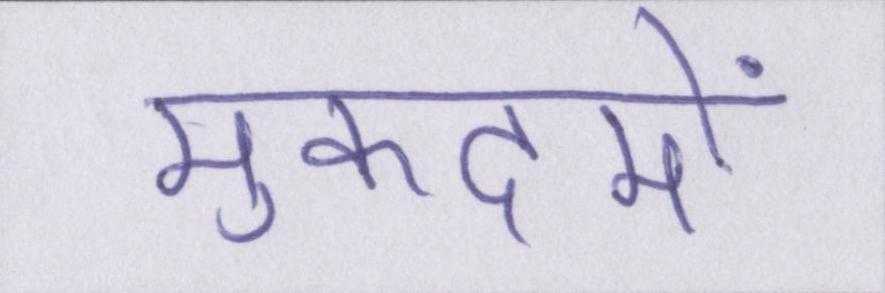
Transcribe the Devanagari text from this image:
मुकदमों